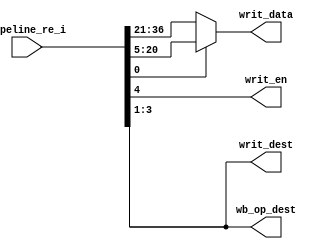
`define WIDTH				8
	`define	INSTR_MEM_ADDR_WIDTH	8
	`define DATA_MEM_ADDR_WIDTH		8
 
	/************** Operation Code in instructions ****************/
	`define OP_NOP			4'b0000
	`define OP_ADD			4'b0001
	`define OP_SUB			4'b0010
	`define OP_AND			4'b0011
	`define OP_OR			4'b0100
	`define OP_XOR			4'b0101
	`define OP_SL			4'b0110
	`define OP_SR			4'b0111
	`define OP_SRU			4'b1000
	`define OP_ADDI			4'b1001
	`define OP_LD			4'b1010
	`define OP_ST			4'b1011
	`define OP_BZ			4'b1100
	
	/************** ALU operation command ****************/
	//`define ALU_NC			3'bxxx		// not care
	`define ALU_ADD			3'b000
	`define ALU_SUB			3'b001
	`define ALU_AND			3'b010
	`define ALU_OR			3'b011
	`define ALU_XOR			3'b100
	`define ALU_SL			3'b101
	`define ALU_SR			3'b110
	`define ALU_SRU			3'b111
	
	/************** Branch condition code ****************/
	`define BRANCH_Z		3'b000
	//`define BRANCH_GT		3'b001
	//`define BRANCH_LE		3'b010
module WB_stage
(
	//input					clk,
	
	// from EX stage
	input		[36:0]		pipeline_re_i,	//	[36:21],16bits:	ex_alu_result[15:0]
												//	[20:5],16bits:	mem_rea_data[15:0]
												//	[4:0],5bits:	wri_back_en, wri_back_dest[2:0], wri_back_result_mux, 
	
	// to register file
	output					writ_en,
	output		[2:0]		writ_dest,
	output		[15:0]		writ_data,
	
	output		[2:0]		wb_op_dest
);
	
	wire [15:0]	ex_alu_result = pipeline_re_i[36:21];
	wire [15:0]	mem_rea_data = pipeline_re_i[20:5];
	wire		wri_back_en = pipeline_re_i[4];
	wire [2:0]	wri_back_dest = pipeline_re_i[3:1];
	wire		wri_back_result_mux = pipeline_re_i[0];
	
	/********************** to register file *********************/
	assign writ_en = wri_back_en;
	assign writ_dest = wri_back_dest;
	assign writ_data = (wri_back_result_mux)? mem_rea_data : ex_alu_result;
	
	/********************** to hazard detection unit *********************/
	assign wb_op_dest = pipeline_re_i[3:1];
	
	
endmodule